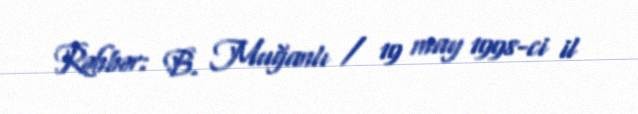
Rəhbər: B. Muğanlı / 19 may 1998-ci il